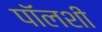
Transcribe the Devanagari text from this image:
पॉलशी